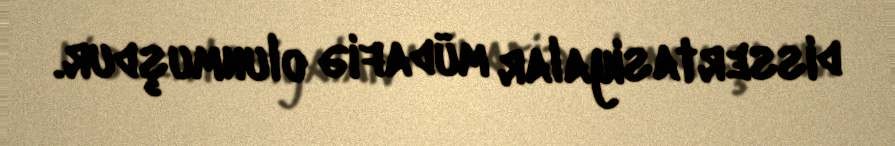
dissertasiyalar müdafiə olunmuşdur.